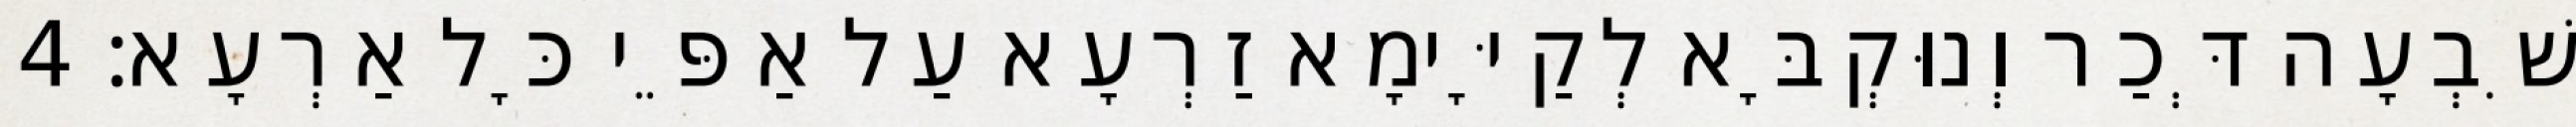
שִׁבְעָה דְּכַר וְנוּקְבָּא לְקַיָּימָא זַרְעָא עַל אַפֵּי כָּל אַרְעָא׃ 4